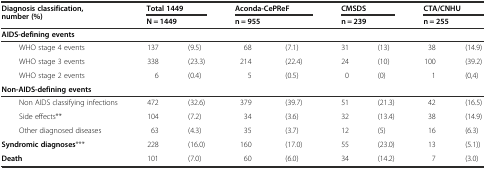
| <ROWSPAN=2> Diagnosis classification, number (%) | <COLSPAN=2> Total 1449 | <COLSPAN=2> Aconda-CePReF | <COLSPAN=2> CMSDS | <COLSPAN=2> CTA/CNHU |
 | <COLSPAN=2> N = 1449 | <COLSPAN=2> n = 955 | <COLSPAN=2> n = 239 | <COLSPAN=2> n = 255 |
 | --- | --- | --- | --- | --- | --- | --- | --- | --- |
 | AIDS-defining events |  |  |  |  |  |  |  |  |
 | WHO stage 4 events | 137 | (9.5) | 68 | (7.1) | 31 | (13) | 38 | (14.9) |
 | WHO stage 3 events | 338 | (23.3) | 214 | (22.4) | 24 | (10) | 100 | (39.2) |
 | WHO stage 2 events | 6 | (0.4) | 5 | (0.5) | 0 | (0) | 1 | (0,4) |
 | Non-AIDS-defining events |  |  |  |  |  |  |  |  |
 | Non AIDS classifying infections | 472 | (32.6) | 379 | (39.7) | 51 | (21.3) | 42 | (16.5) |
 | Side effects** | 104 | (7.2) | 34 | (3.6) | 32 | (13.4) | 38 | (14.9) |
 | Other diagnosed diseases | 63 | (4.3) | 35 | (3.7) | 12 | (5) | 16 | (6.3) |
 | Syndromic diagnoses*** | 228 | (16.0) | 160 | (17.0) | 55 | (23.0) | 13 | (5.1)) |
 | Death | 101 | (7.0) | 60 | (6.0) | 34 | (14.2) | 7 | (3.0) |